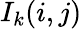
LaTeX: I_{k}(i,j)